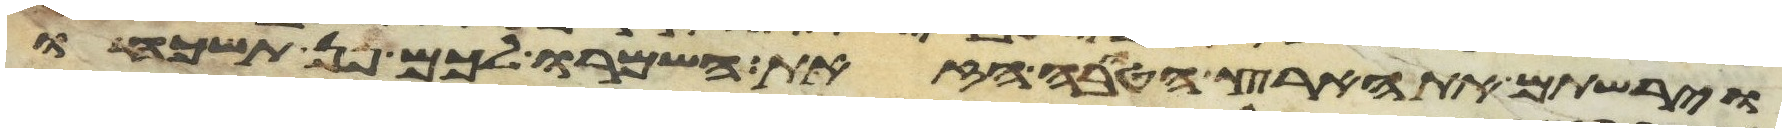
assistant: וירשתם את הארץ הטובה הזאת השמרו לכם פן תשכחו